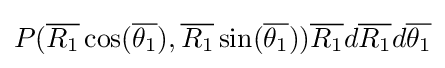
P({\overline {R_{1}}}\cos({\overline {\theta _{1}}}),{\overline {R_{1}}}\sin({\overline {\theta _{1}}})){\overline {R_{1}}}d{\overline {R_{1}}}d{\overline {\theta _{1}}}